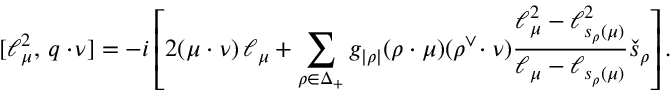
[ \ell _ { \mu } ^ { 2 } , \, q \cdot \! \nu ] = - i \left[ 2 ( \mu \cdot \nu ) \, \ell _ { \mu } + \sum _ { \rho \in \Delta _ { + } } g _ { | \rho | } ( \rho \cdot \mu ) ( \rho ^ { \vee } \! \cdot \nu ) \frac { \ell _ { \mu } ^ { 2 } - \ell _ { s _ { \rho } ( \mu ) } ^ { 2 } } { \ell _ { \mu } - \ell _ { s _ { \rho } ( \mu ) } } \check { s } _ { \rho } \right] .